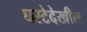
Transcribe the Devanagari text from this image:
घरटेदेखील